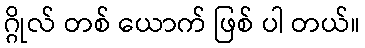
ဂ္ဂိုလ် တစ် ယောက် ဖြစ် ပါ တယ်။